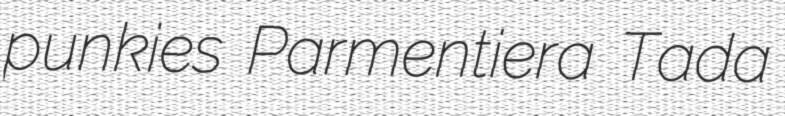
punkies Parmentiera Tada